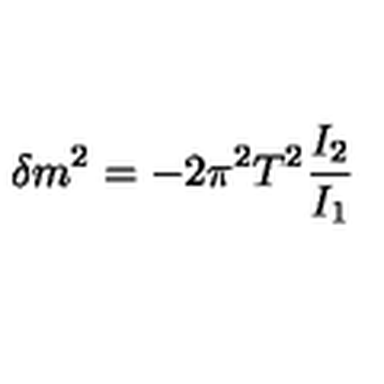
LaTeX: \delta m ^ { 2 } = - 2 \pi ^ { 2 } T ^ { 2 } \frac { I _ { 2 } } { I _ { 1 } }